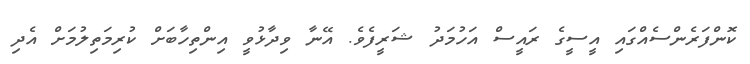
ކޮންފަރެންސެއްގައި އީސީގެ ރައީސް އަހުމަދު ޝަރީފެވެ. އޭނާ ވިދާޅުވީ އިންތިހާބަށް ކުރިމަތިލުމަށް އެދި